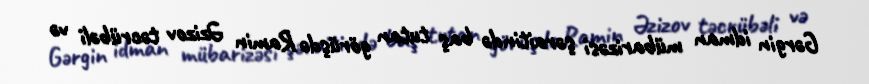
Gərgin idman mübarizəsi şəraitində baş tutan görüşdə Ramin Əzizov təcrübəli və